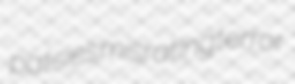
patsies misrating terror